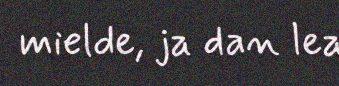
mielde, ja dan lea